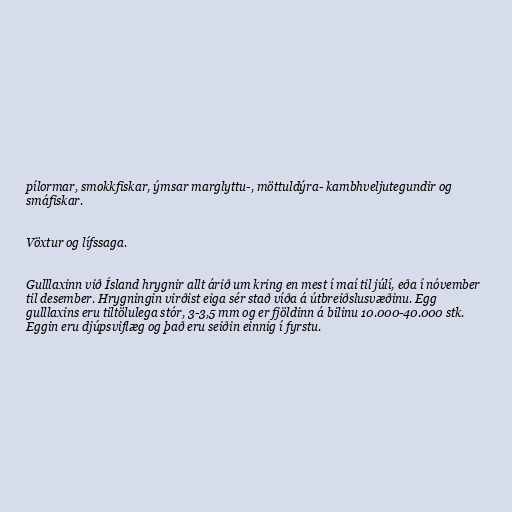
pílormar, smokkfiskar, ýmsar marglyttu-, möttuldýra- kambhveljutegundir og
smáfiskar.

Vöxtur og lífssaga.

Gulllaxinn við Ísland hrygnir allt árið um kring en mest í maí til júlí, eða í nóvember
til desember. Hrygningin virðist eiga sér stað víða á útbreiðslusvæðinu. Egg
gulllaxins eru tiltölulega stór, 3-3,5 mm og er fjöldinn á bilinu 10.000-40.000 stk.
Eggin eru djúpsviflæg og það eru seiðin einnig í fyrstu.